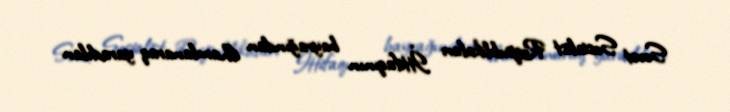
Sovet Sosialist Respublikaları İttifaqının bayrağından ilhamlanaraq yaradılan